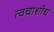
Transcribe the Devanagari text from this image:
त्वचाशोध